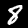
Digit: 8